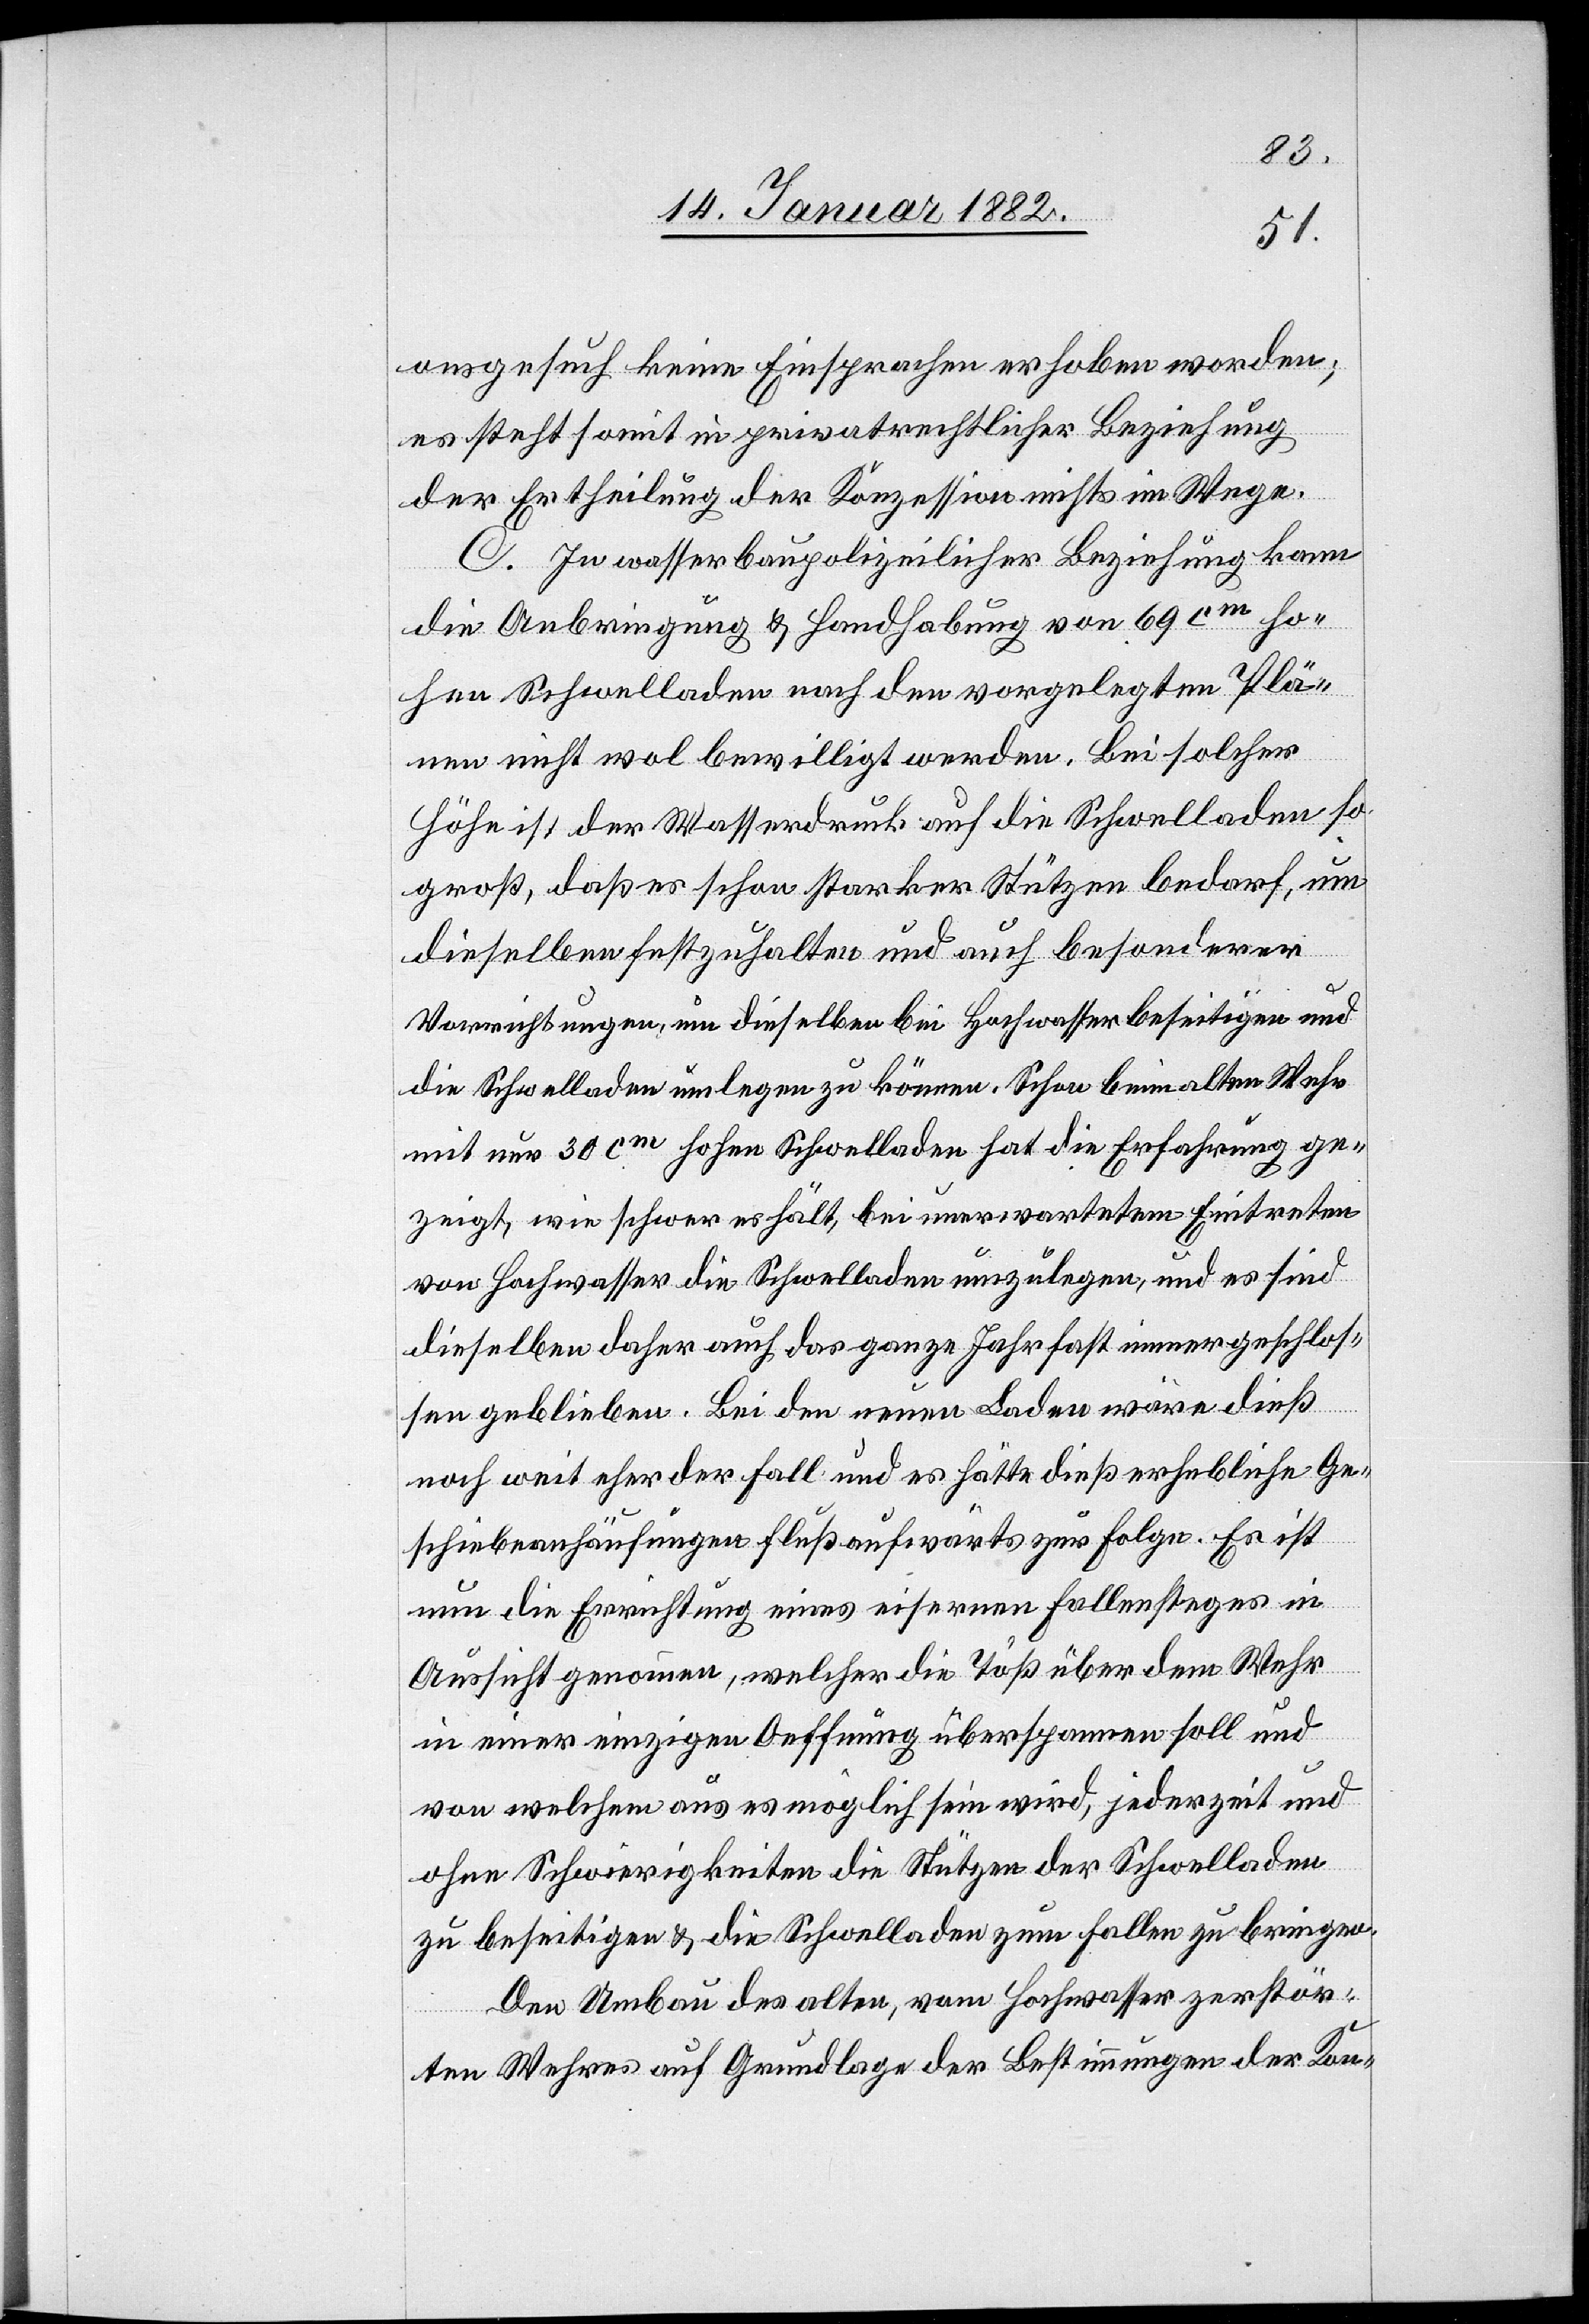
onsgesuch keine Einsprachen erhoben worden;
es steht somit in privatrechtlicher Beziehung
der Ertheilung der Konzession nichts im Wege.
C. In wasserbaupolizeilicher Beziehung kann
die Anbringung & Handhabung von 69 cm ho¬
hen Schwelladen nach den vorgelegten Plä¬
nen nicht wol bewilligt werden. Bei solcher
Höhe ist der Wasserdruck auf die Schwelladen so
groß, daß es schon starker Stützen bedarf, um
dieselben festzuhalten und auf besonderer
Vorrichtungen, um dieselben bei Hochwasser beseitigen und
die Schwelladen umlegen zu können. Schon beim alten Wehr
mit nur 30 cm hohen Schwelladen hat die Erfahrung ge¬
zeigt, wie schwer es hält, bei unerwartetem Eintreten
von Hochwasser die Schwelladen umzulegen, und es sind
dieselben daher auch das ganze Jahr fast immer geschlos¬
sen geblieben. Bei den neuen Laden wäre dieß
noch weit eher der Fall und es hätte dieß erhebliche Ge¬
schiebeanhäufungen flußaufwärts zur Folge. Es ist
nun die Errichtung eines eisernen Fallensteges in
Aussicht genommen, welcher die Töß über dem Wehr
in einer einzigen Oeffnung überspannen soll und
von welchem aus es möglich sein wird, jederzeit und
ohne Schwierigkeiten die Stützen der Schwelladen
zu beseitigen & die Schwelladen zum Fallen zu bringen.
Den Umbau des alten, vom Hochwasser zerstör¬
ten Wehres auf Grundlage der Bestimmungen der Kon-